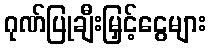
ဂုဏ်ပြုချီးမြှင့်ငွေများ